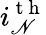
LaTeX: i_{\mathscr{N}}^{\mathrm{{~t~h~}}}